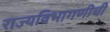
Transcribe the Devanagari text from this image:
राज्यविभागणीची